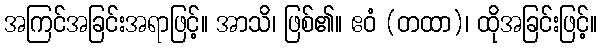
အကြင်အခြင်းအရာဖြင့်။ အာသိ၊ ဖြစ်၏။ ဧဝံ (တထာ)၊ ထိုအခြင်းဖြင့်။